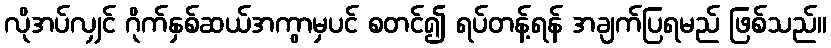
လိုအပ်လျှင် ဂိုက်နှစ်ဆယ်အကွာမှပင် စတင်၍ ရပ်တန့်ရန် အချက်ပြရမည် ဖြစ်သည်။